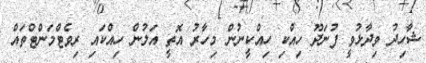
ޝާހިދު ވިދާޅުވީ ފުނަދޫ ހިއްކި ހިއްކީނުން މިހާރު އޮތީ އަލުން ހިއްކައި ރިވެޓްމަންޓްތައް